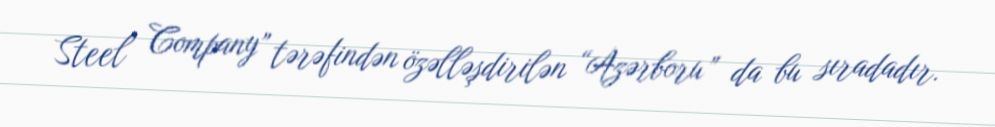
Steel Company” tərəfindən özəlləşdirilən “Azərboru” da bu sıradadır.